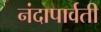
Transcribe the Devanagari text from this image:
नंदापार्वती